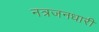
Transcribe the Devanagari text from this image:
नत्रजनधारी